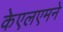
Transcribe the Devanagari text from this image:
केएलएमने